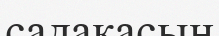
садақасын